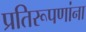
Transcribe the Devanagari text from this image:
प्रतिरूपणांना